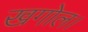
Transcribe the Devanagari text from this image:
खगोल।